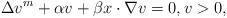
LaTeX: \begin{align*}\Delta v^m+\alpha v+\beta x\cdot\nabla v=0, v>0,\end{align*}